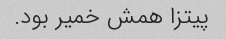
پیتزا همش خمیر بود.